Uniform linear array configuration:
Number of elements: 8
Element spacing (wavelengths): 0.75
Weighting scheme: hamming
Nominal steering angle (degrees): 45
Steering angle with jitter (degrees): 43.511
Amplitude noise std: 0.05
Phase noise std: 0.05

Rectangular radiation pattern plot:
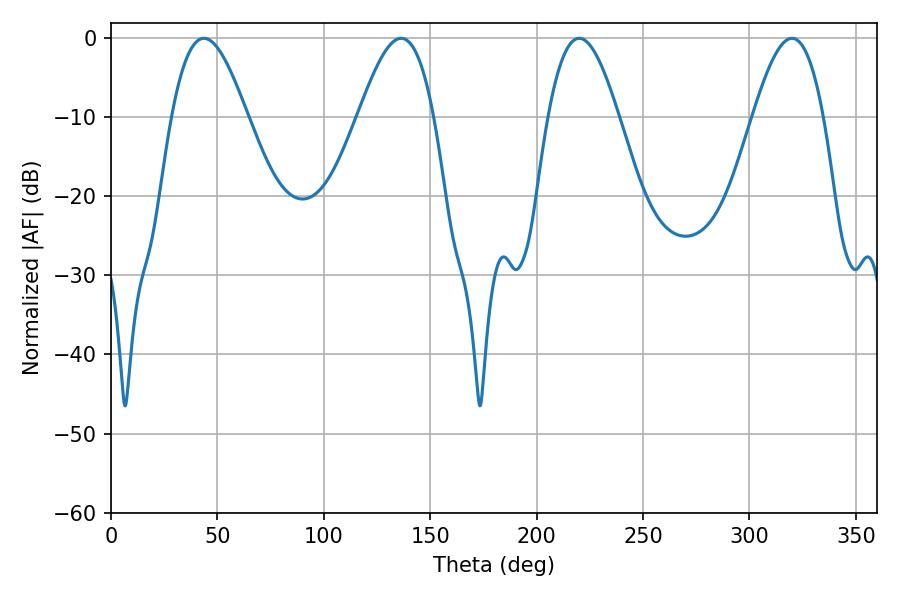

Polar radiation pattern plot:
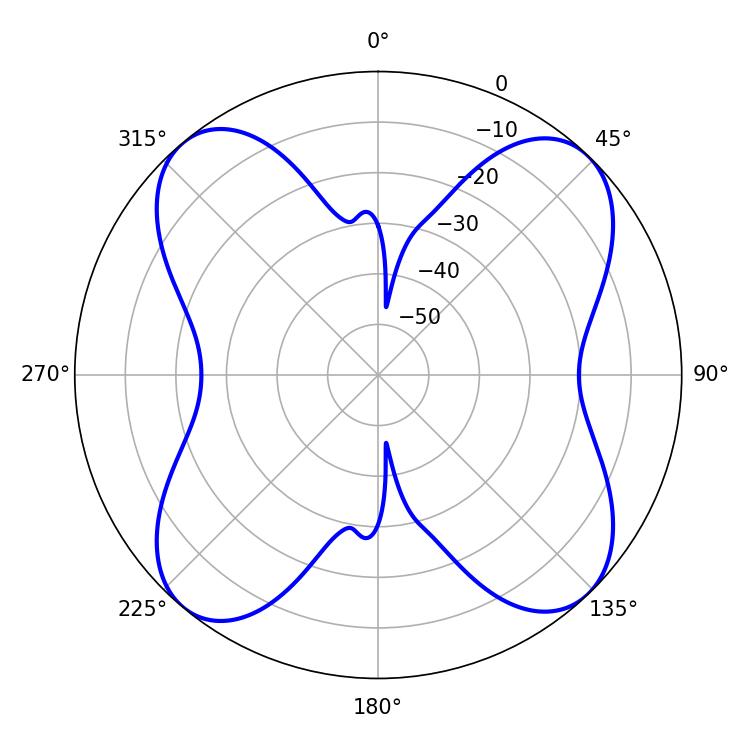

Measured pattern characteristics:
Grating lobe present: TRUE
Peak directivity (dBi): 14.44
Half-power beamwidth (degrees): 17.82
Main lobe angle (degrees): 219.96